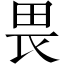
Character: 畏